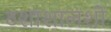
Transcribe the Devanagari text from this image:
ठशाशालशी